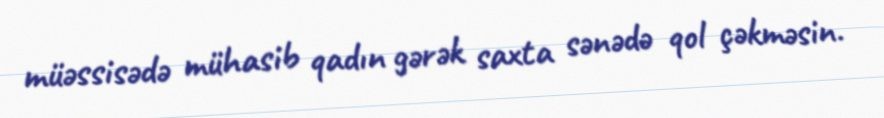
müəssisədə mühasib qadın gərək saxta sənədə qol çəkməsin.